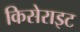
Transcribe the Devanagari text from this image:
किसेराइट